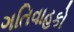
ગતિવાહકો